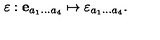
\mathrm { \boldmath \varepsilon } : { \bf e } _ { a _ { 1 } \ldots a _ { 4 } } \mapsto \varepsilon _ { a _ { 1 } \ldots a _ { 4 } } .